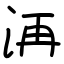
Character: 洅